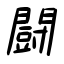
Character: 闘